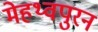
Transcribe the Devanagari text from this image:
मेहथ्वपुरन